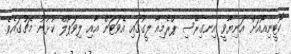
ކޮޓީނިއޯއަށް އަނިޔާވީ އިނގިރޭސި ޕްރެމިއާ ލީގުގައި އެވަޓަން އާއި ލިވަޕޫލް ކުޅުނު މެޗުގައެވެ.